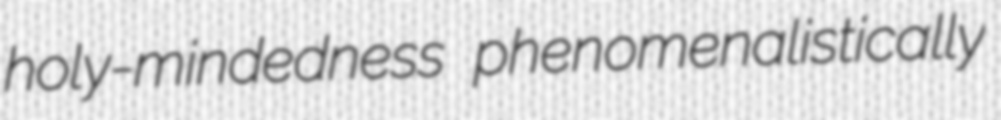
holy-mindedness phenomenalistically